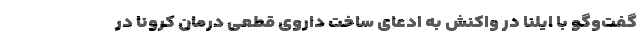
گفت‌وگو با ایلنا در واکنش به ادعای ساخت داروی قطعی درمان کرونا در